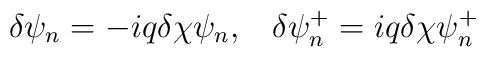
\delta \psi _n=-iq\delta \chi \psi _n,\;\;\;\delta \psi _n^{+}=iq\delta \chi\psi _n^{+}